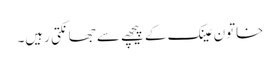
خاتون عینک کے پیچھے سے جھانکتی رہیں۔